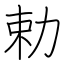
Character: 勅